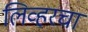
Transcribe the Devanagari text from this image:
लिव्हरचा